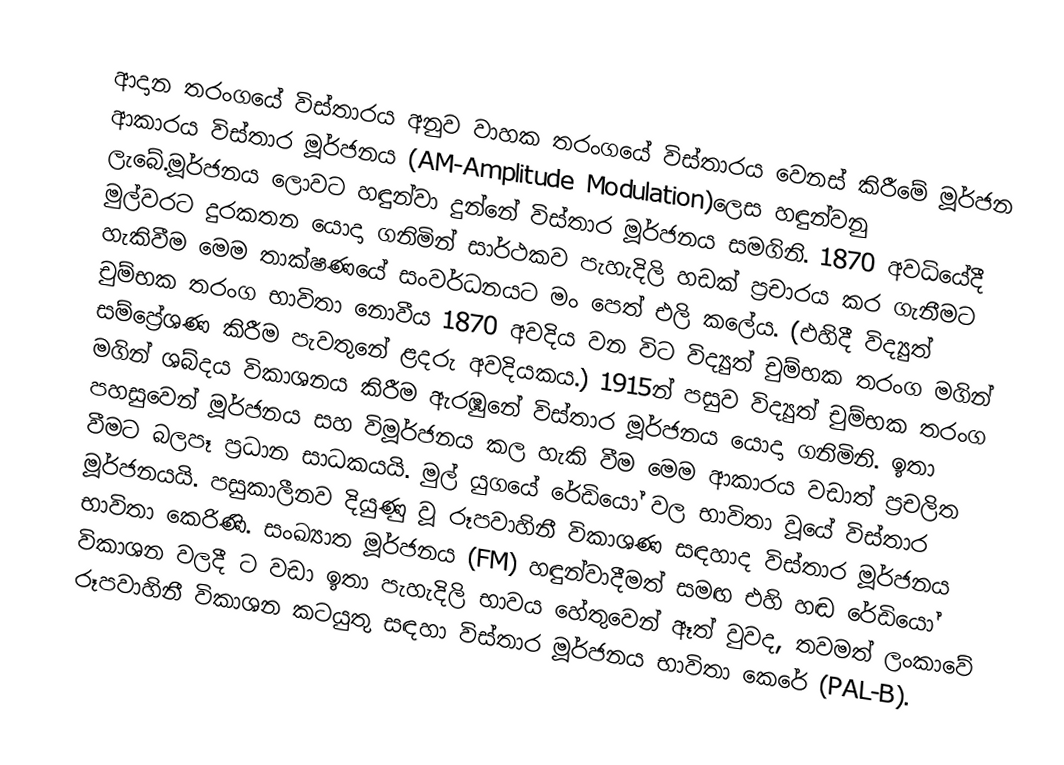
ආදාන තරංගයේ විස්තාරය අනුව වාහක තරංගයේ විස්තාරය වෙනස් කිරීමේ මූර්ජන ආකාරය විස්තාර මූර්ජනය (AM-Amplitude Modulation)ලෙස හඳුන්වනු ලැබේ.මූර්ජනය ලොවට හඳුන්වා දුන්නේ විස්තාර මූර්ජනය සමගිනි. 1870 අවධියේදී මුල්වරට දුරකතන යොදා ගනිමින් සාර්ථකව පැහැදිලි හඩක් ප්‍රචාරය කර ගැනීමට හැකිවීම මෙම තාක්ෂණයේ සංවර්ධනයට මං පෙත් එලි කලේය. (එහිදී විද්‍යුත් චුම්භක තරංග භාවිතා නොවීය 1870 අවදිය වන විට විද්‍යුත් චුම්භක තරංග මගින් සම්ප්‍රේශණ කිරීම පැවතුනේ ළදරු අවදියකය.) 1915න්  පසුව විද්‍යුත් චුම්භක තරංග මගින් ශබ්දය විකාශනය කිරීම ඇරඹුනේ විස්තාර මූර්ජනය යොදා ගනිමිනි. ඉතා පහසුවෙන් මූර්ජනය සහ විමූර්ජනය කල හැකි වීම මෙම ආකාරය වඩාත් ප්‍රචලිත වීමට බලපෑ ප්‍රධාන සාධකයයි. මුල් යුගයේ රේඩියෝ වල භාවිතා වූයේ විස්තාර මූර්ජනයයි. පසුකාලීනව දියුණු වූ රූපවාහිනී විකාශණ සඳහාද විස්තාර මූර්ජනය භාවිතා කෙරිණි. සංඛ්‍යාත මූර්ජනය (FM) හඳුන්වාදීමත් සමඟ එහි හඬ රේඩියෝ විකාශන වලදී ට වඩා ඉතා පැහැදිලි භාවය හේතුවෙන් ඈත් වුවද, තවමත් ලංකාවේ රූපවාහිනී විකාශන කටයුතු සඳහා විස්තාර මූර්ජනය භාවිතා කෙරේ (PAL-B).